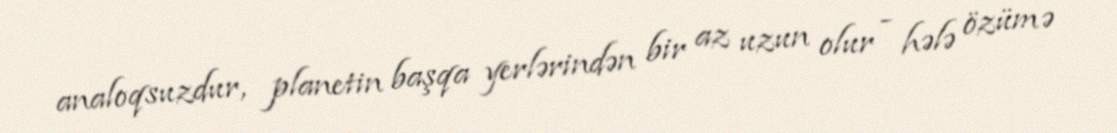
analoqsuzdur, planetin başqa yerlərindən bir az uzun olur - hələ özümə